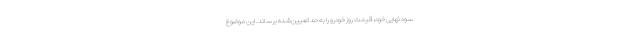
سود نهایی خود، قیمت روز خودرو را به حد تعیین‌شده برساند. این موضوع